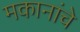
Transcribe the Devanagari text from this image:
मकानांचे